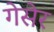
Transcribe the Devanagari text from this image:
गेसेर